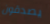
يصدقون